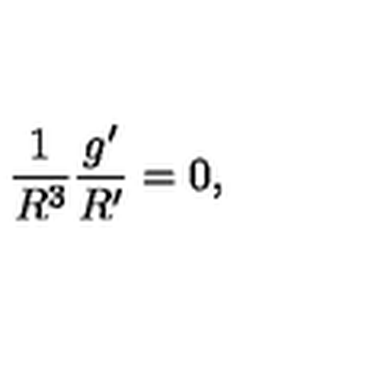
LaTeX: \frac { 1 } { R ^ { 3 } } \frac { g ^ { \prime } } { R ^ { \prime } } = 0 ,